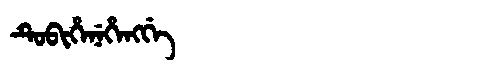
Manchu: ᡨᡠᠪᡳᡥᡝᠨᡝᡥᡝᠩᡤᡝ
Romanization: TUBIHENEHENGGE